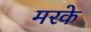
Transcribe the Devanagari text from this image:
मरके